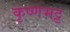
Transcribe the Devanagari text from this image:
कृष्णभट्ट